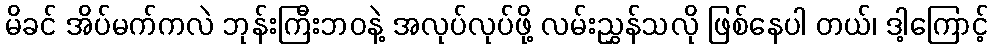
မိခင် အိပ်မက်ကလဲ ဘုန်းကြီးဘဝနဲ့ အလုပ်လုပ်ဖို့ လမ်းညွှန်သလို ဖြစ်နေပါ တယ်၊ ဒါ့ကြောင့်